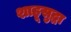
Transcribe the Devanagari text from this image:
शाहूसुद्धा